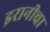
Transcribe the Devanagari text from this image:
इरानीचा